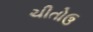
ચીતોઉ